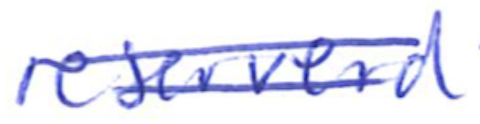
Text: reserved
Cross-out: double-line
Writing tool: ballpoint